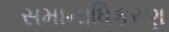
સમાનાધિકરણ